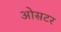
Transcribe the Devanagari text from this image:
ओसटर